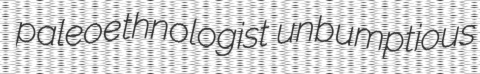
paleoethnologist unbumptious